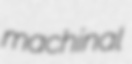
machinal